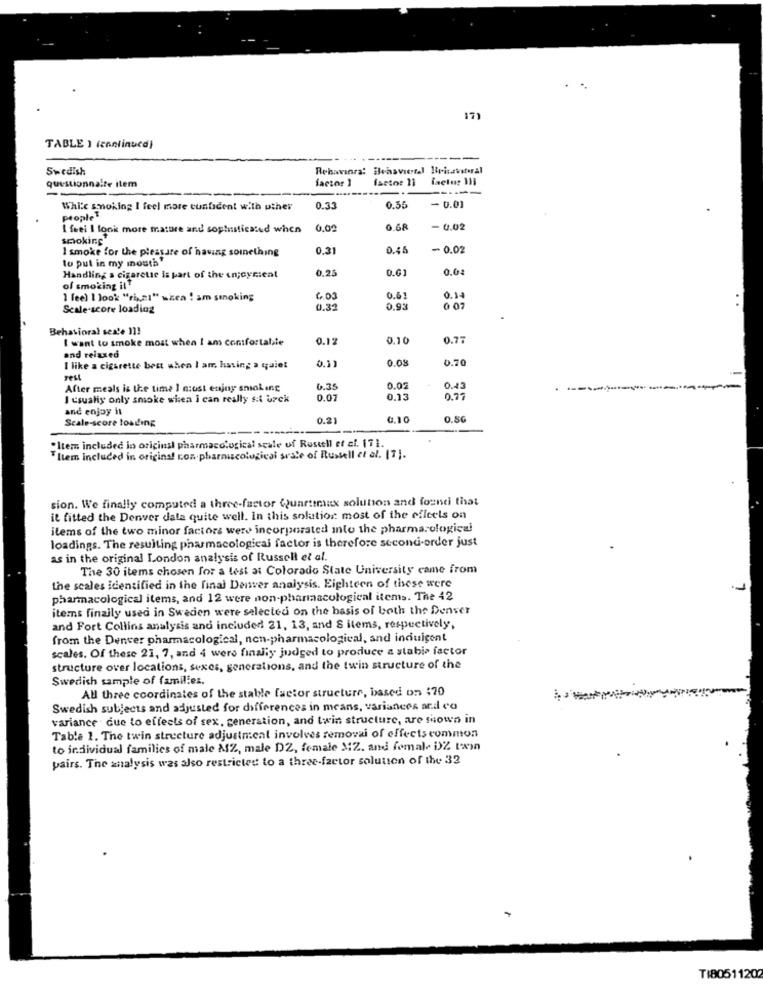
17)
TABLE ) (continued)
-----
Swedish
Behaviora: Beasviertel Bylavital
factor ]
factor 11
questionnaire item
--
-----
While smoking I feel more cunficent with other
0.33
0.55
- 0.01
proplet
I frei I look more mature and sophisticated when 0.00
0.68
- 0.02
smoking
I smoke for the pleasure of having soinething
0.31
0.45
- 0.02
lo pul in my mouth"
0.25
0.61
0.04
Handling s cigarette Is part of the on;cynical
of smoking itt
0.14
1 fee) 1 look "riz1" wzea ! am smoking
6.03
0.6
Scale-score loading
0.32
0.93
0 07
Behavioral sex'e 11!
I want to smoke most when I am confortable
0.12
0.10
0.77
and relaxed
0,33
0.01
0.70
I like a cigarette best when I am having a quiet
rest
After meals is the time I nost enjoy smoking
6.35
0.02
0.43
I csualiy only smoke when i can really st urek
0.07
0.13
0.77
and enjoy it
Scale-score losding
0.21
0,10
0.80
"Item included in originsl pharmacological scale of Russell ef ci. 171.
Ellem included in origins! con pharmacological srate of Russell et al. [7].
sion. We finally computed a three-factor Quartimax solution and found that
it fitted the Denver date quite well. In this solution: most of the effects on
items of the two minor factors were incorporated into the pharmacological
loadings. The resulting pharmacological factor is therefore second-order just
as in the original London analysis of Russell et al.
The 30 items chosen for a test at Colorado State University came from
the scales identified in the final Denver analysis. Eighteen of these were
pharmacological items, and 12 were non-pharmacological items. The 42
items finzily used in Sweden were selected on the basis of both the Denver
and Fort Collins analysis and included 21, 13, and S items, respectively,
from the Denver pharmacological, non-pharmacological, and induigent
scales. Of these 21, 7, and 4 were finally judged to produce a stabia factor
structure over locations, sexes, generations, and the twin structure of the
Swedish sample of families.
All three coordinates of the stable factor structure, based on $70
Swedish subjects and adjusted for differences in means, variances and co
variance que to effects of sex. generation, and twin structure, are shown in
Table 1. The twin structure adjustneal involves removal of effects common
to individual families of male MZ, male D2, female M2. and female DZ twin
pairs. The analysis was also restricted to a three-factor solution of the 32
TI80511202